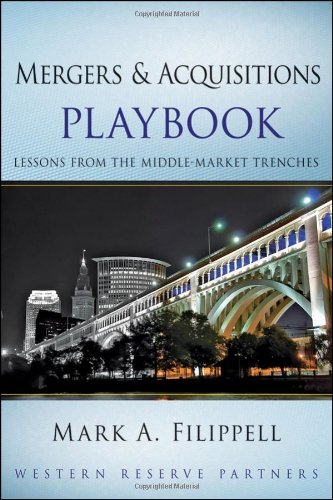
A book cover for Mergers and Acquisitions Playbook: Lessons from the Middle-Market Trenches; Mark A. Filippell; Business & Money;